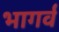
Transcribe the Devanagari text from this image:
भागर्व